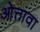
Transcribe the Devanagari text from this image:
ओत्तावा